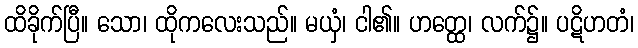
ထိခိုက်ပြီ။ သော၊ ထိုကလေးသည်။ မယှံ၊ ငါ၏။ ဟတ္ထေ၊ လက်၌။ ပဋိဟတံ၊